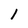
Character: 1